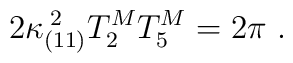
2\kappa _{(11)}^{\; 2} T_2^M T_5^M = 2\pi \ .